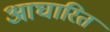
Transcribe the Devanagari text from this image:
आघारित